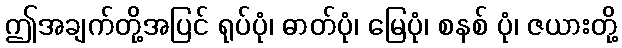
ဤအချက်တို့အပြင် ရုပ်ပုံ၊ ဓာတ်ပုံ၊ မြေပုံ၊ စနစ် ပုံ၊ ဇယားတို့